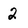
Character: 2